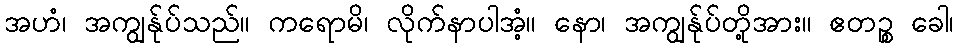
အဟံ၊ အကျွန်ုပ်သည်။ ကရောမိ၊ လိုက်နာပါအံ့။ နော၊ အကျွန်ုပ်တို့အား။ ဧတဉ္စ ခေါ၊